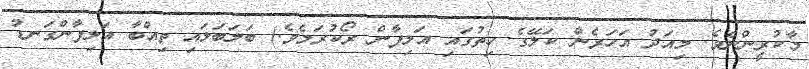
މާކުރީންނެވެ. މިއަދު އަހަރެން ކަލޭގެ ހިތުގައި އަލިފާން ރޯކުރަމެވެ.) ބަލަބަލައި ތިއްބާ އަލިފާންގަނޑު